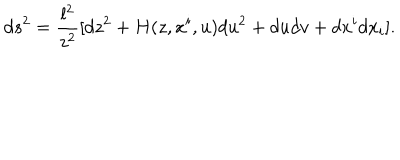
d s ^ { 2 } = { \frac { l ^ { 2 } } { z ^ { 2 } } } [ d z ^ { 2 } + H ( z , x ^ { i } , u ) d u ^ { 2 } + d u d v + d x ^ { i } d x _ { i } ] .